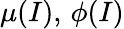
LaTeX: \mu(I),\, \phi(I)